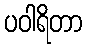
ပဝါရိတာ